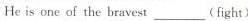
He is one of the bravest___(fight)